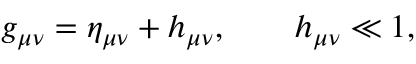
g _ { \mu \nu } = \eta _ { \mu \nu } + h _ { \mu \nu } , \qquad h _ { \mu \nu } \ll 1 ,